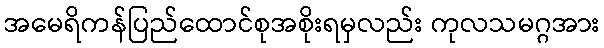
အမေရိကန်ပြည်ထောင်စုအစိုးရမှလည်း ကုလသမဂ္ဂအား